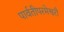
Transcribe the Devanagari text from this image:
पार्वतीपरमेश्वरौ